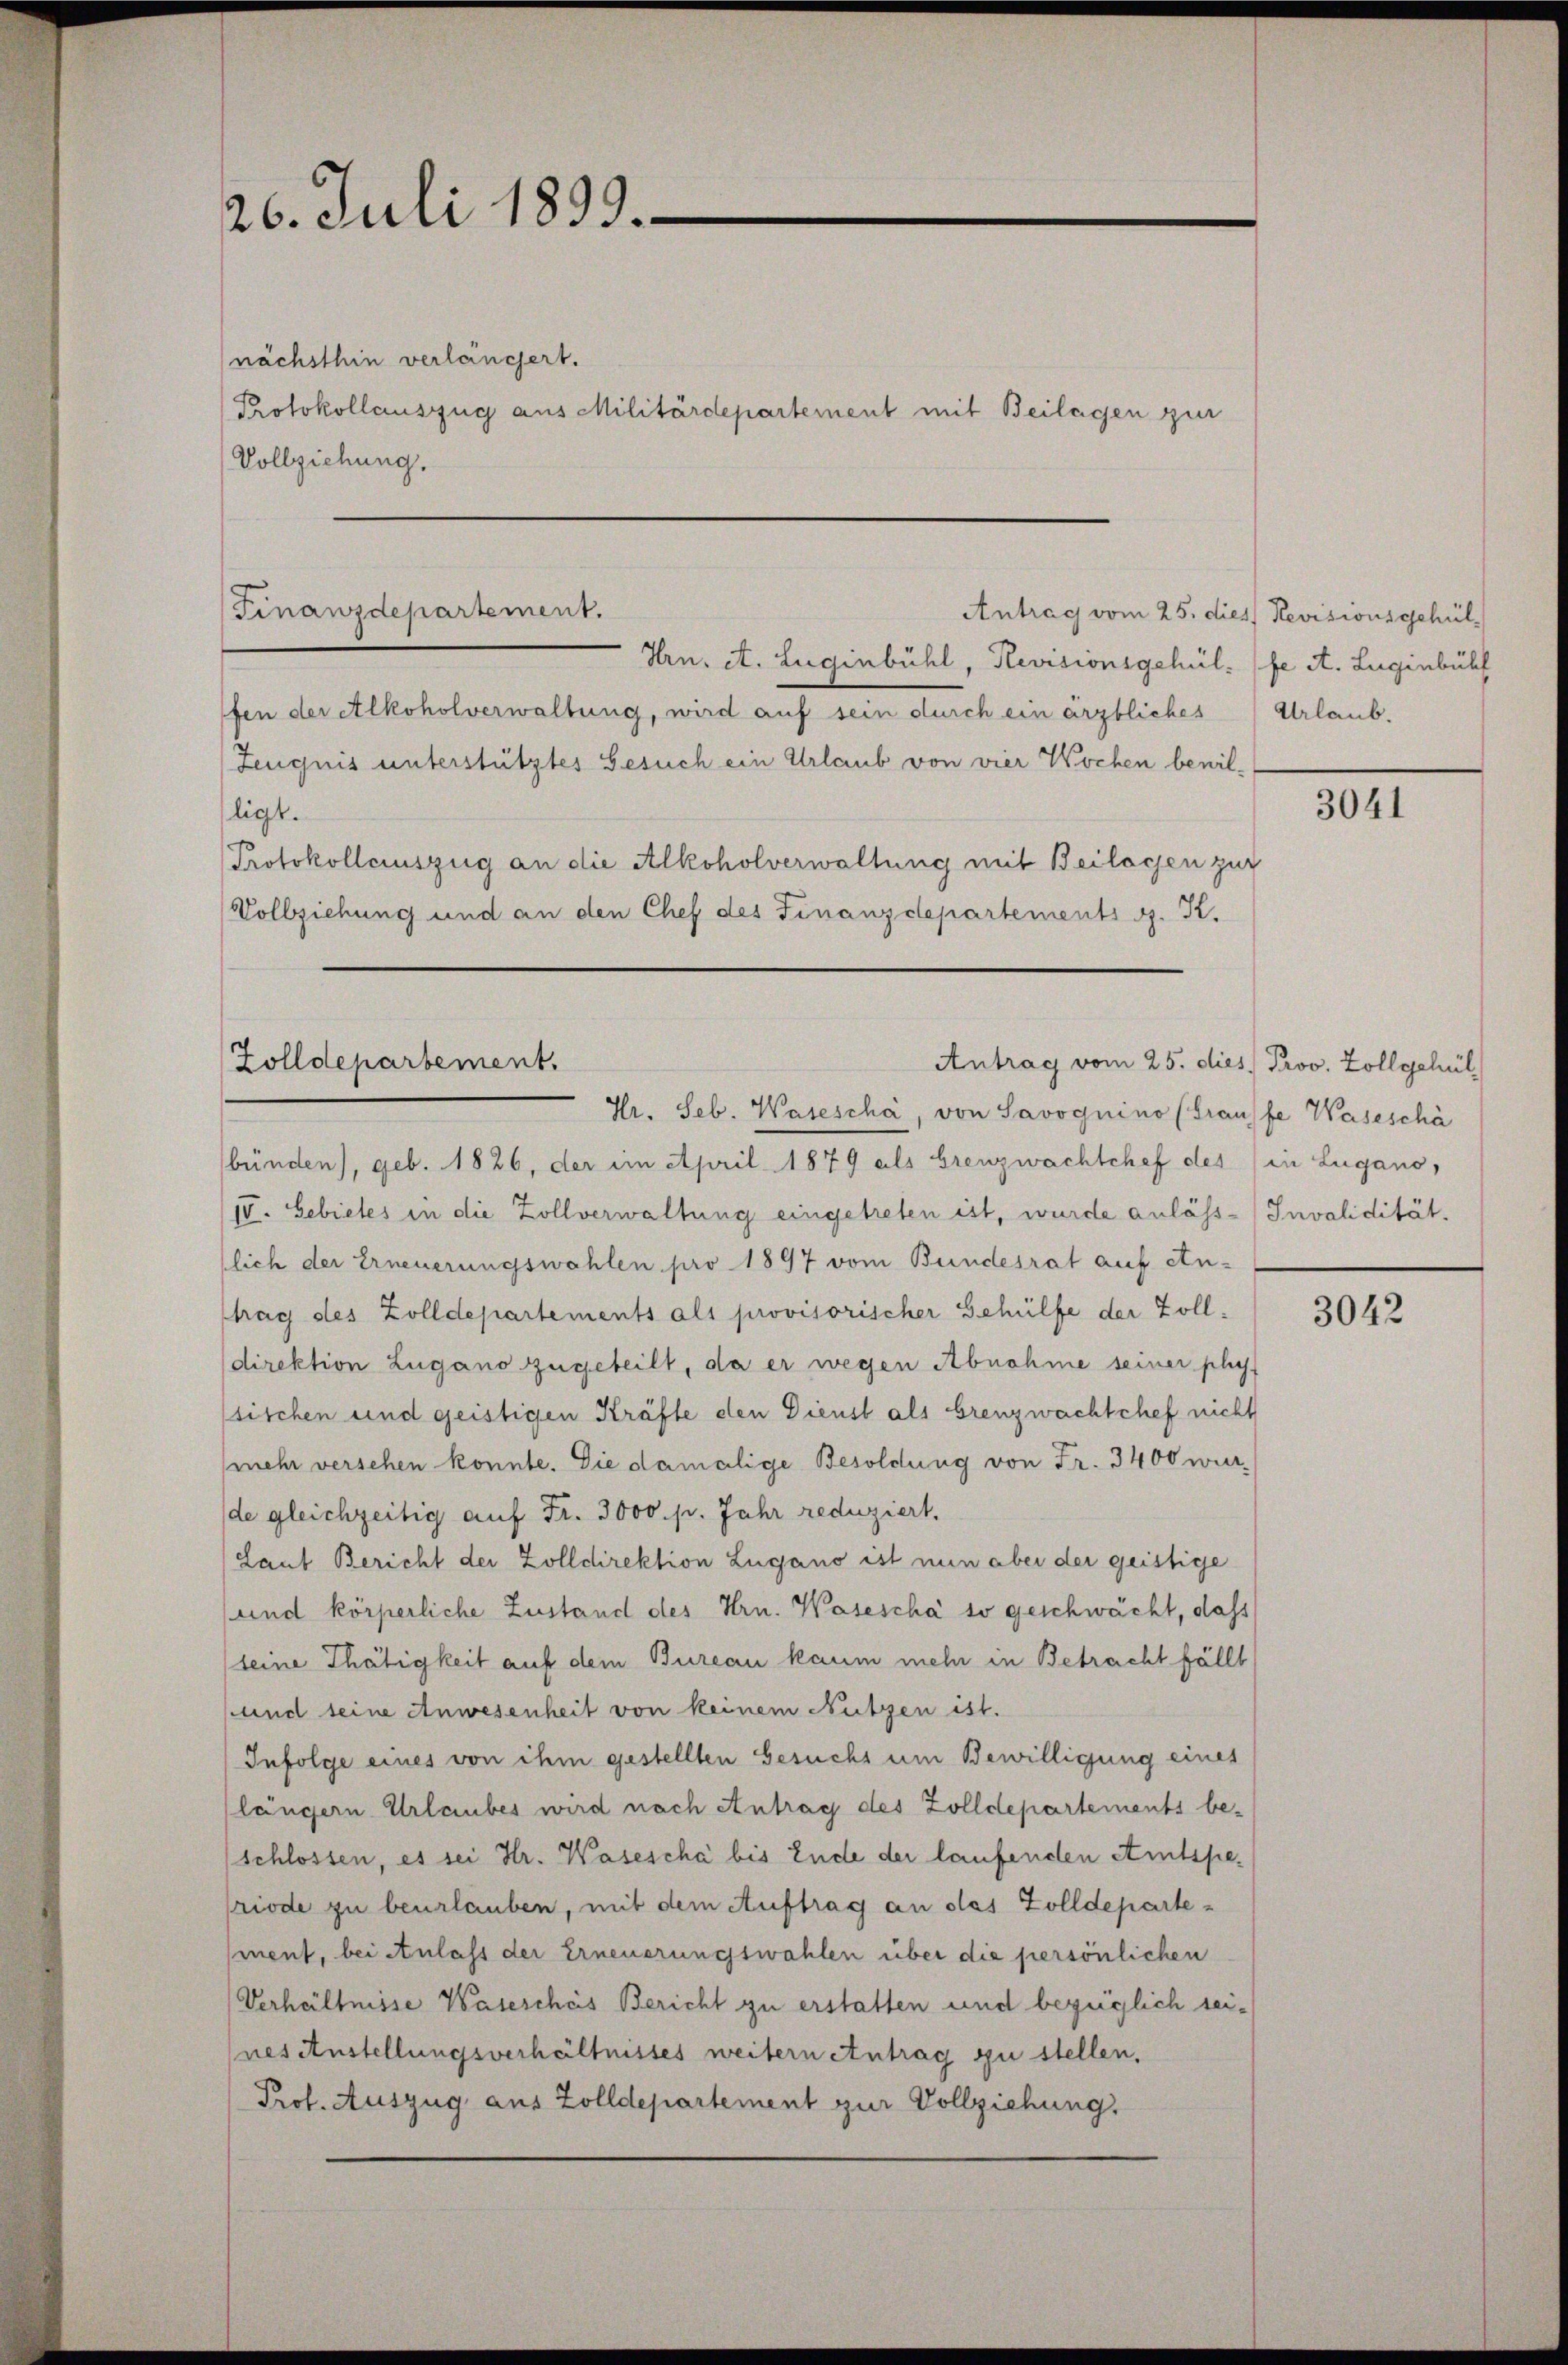
26. Juli 1833.

nächsthin verlängert.
Protokollauszug aus Militärdepartement mit Beilagen zur
Vollziehung.
Hrn. A. Luginbühl, Revisionsgehülfe A. Luginbühl
fen der Alkoholverwaltung, wird auf sein durch ein ärztliches
Zeugnis unterstütztes Gesuch ein Urlaub von vier Wochen bewilligt.
Protokollauszug an die Alkoholverwaltung mit Beilagen zur
Vollziehung und an den Chef des Finanzdepartements S. K.

(Finanzdepartement.
Antrag vom 25. dies Revisionsgehül

Zolldepartement.
Antrag vom 25. dies Prov. Zollgehül
Hr. Seb. Wasescha, von Savoguino (Transfe Waseschä

Urlaub.

bünden), geb. 1826, der im April 1879 als Grenzwachtchef des in Lugano,
IV. Gebietes in die Zollverwaltung eingetreten ist, wurde anläss-Invalidität.
slich der Erneuerungswahlen pro 1897 vom Bundesrat auf Antrag des Zolldepartements als provisorischer Gehülfe der Zolldirektion Zugano zugeteilt, da er wegen Abnahme seiner plus
sischen und geistigen Kräfte den Dienst als brenzwachtchef nicht
mehr versehen konnte. Die damalige Besoldung von Fr. 3400 wur
de gleichzeitig auf Fr. 3000. pr. Jahr reduziert.
Laut Bericht der Zolldirektion Lugano ist nun aber der geistige
und körperliche Zustand des Hrn. Wasescha so geschwächt, dass
(seine Thätigkeit auf dem Bureau kaum mehr in Betracht fällt
und seine Anwesenheit von keinem Nutzen ist.
Infolge eines von ihm gestellten Gesuchs um Bewilligung eines
längern Urlaubes wird nach Antrag des Zolldepartements be-
(schlossen, es sei Hr. Wasescha bis Ende der laufenden Amtspe-
riode zu beurlauben, mit dem Auftrag an das Zolldepartement, bei Anlass der Erneuerungswahlen über die persönlichen
Verhältnisse Wasesches Bericht zu erstatten und bezüglich sei-
nes Anstellungsverhältnisses weitern entrag zu stellen.
Prof. Auszug aus Zolldepartement zur Vollziehung

3041

3042